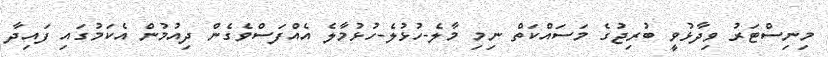
މިނިސްޓަރު ވިދާޅުވީ ބުރިޖުގެ މަސައްކަތް ނިމި މާލެ-ހުޅުލެ-ހުޅުމާލެ އެއްފަސްވެގެން ދިއުމުން އެކަމުގައި ފައިދާ